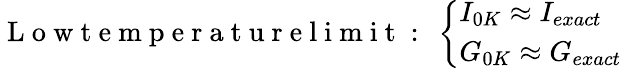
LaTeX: \mathrm{~L~o~w~t~e~m~p~e~r~a~t~u~r~e~l~i~m~i~t~:~}\left\{ \begin{array}{ll}{I_{0K}\approx I_{exact}}\\ {G_{0K}\approx G_{exact}}\end{array}\right.